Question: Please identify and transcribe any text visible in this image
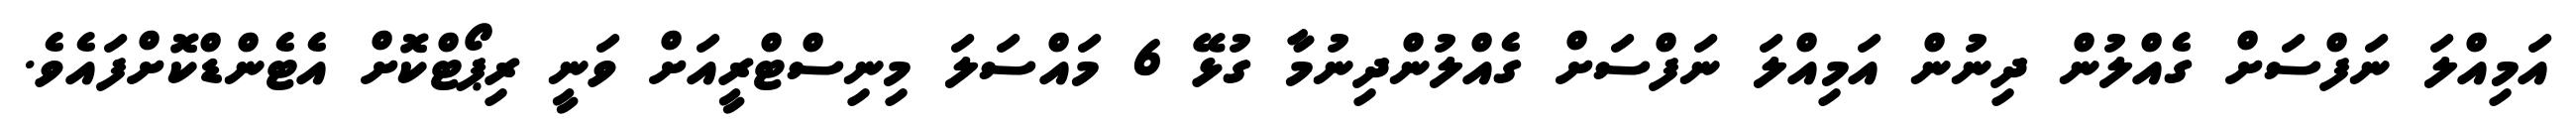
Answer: އަމިއްލަ ނަފްސަށް ގެއްލުން ދިނުން އަމިއްލަ ނަފްސަށް ގެއްލުންދިނުމާ ގުޅޭ 6 މައްސަލަ މިނިސްޓްރީއަށް ވަނީ ރިޕޯޓްކޮށް އެޓެންޑްކޮށްފައެވެ.